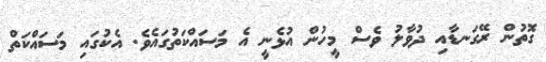
ގޮތުން ރޭގަނޑާއި ދުވާލު ވެސް މީހުން އުޅެނީ އެ މަސައްކަތުގައެވެ. އެކުގައި މަސައްކަތް